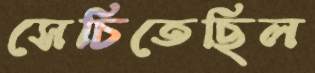
সেচিতেছিল